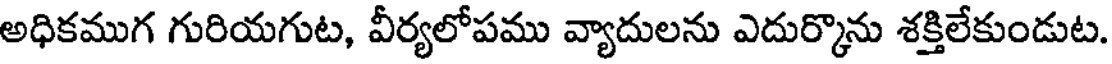
అధికముగ గురియగుట, వీర్యలోపము వ్యాదులను ఎదుర్కొను శక్తిలేకుండుట.